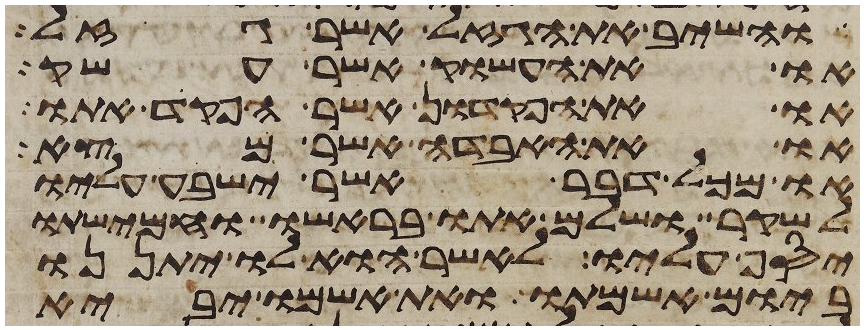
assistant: והשיב את הגזל אשר גזל
או את העשוק אשר עשק
או את הפקדון אשר הפקד אתו
או את האבדה אשר מצא
או מכל דבר אשר ישבע עליו
לשקר ושלם אתו בראשו וחמישתו
יסף עליו לאשר הוא לו יתננו
ביום אשמתו ואת אשמו יביא